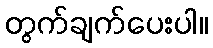
တွက်ချက်ပေးပါ။